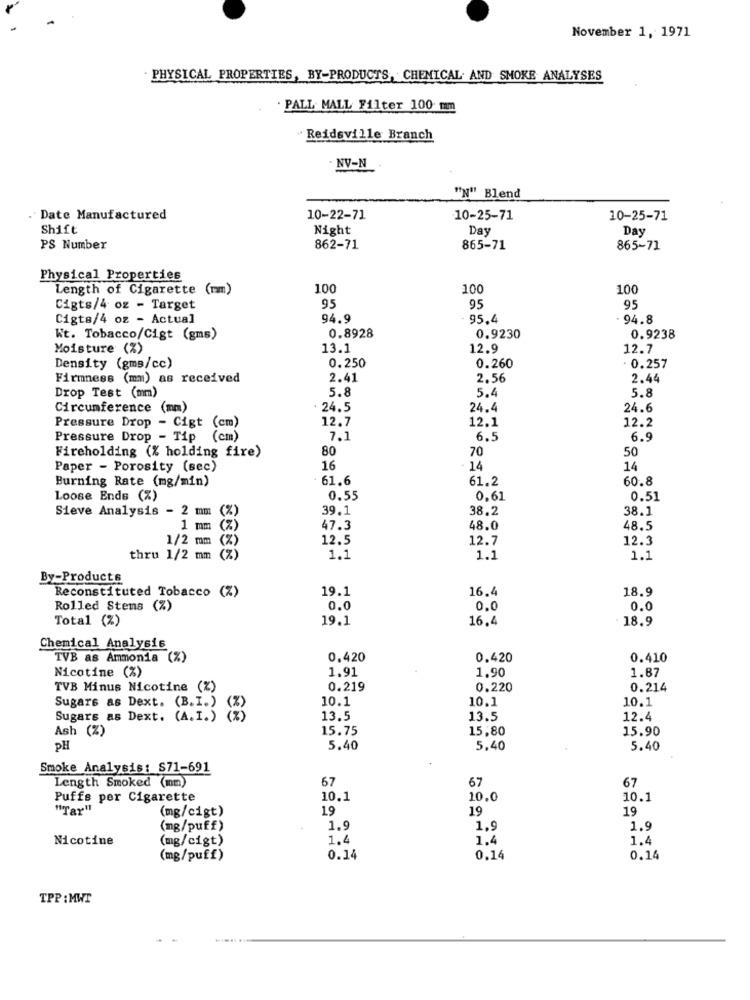
November 1, 1971
. PHYSICAL PROPERTIES, BY-PRODUCTS, CHEMICAL AND SMOKE ANALYSES
. PALL MALL Filter 100 mm
Reidsville Branch
· NV-N
"N" Blend
. Date Manufactured
10-22-71
10-25-71
10-25-71
Shift
Night
Day
Day
PS Number
862-71
865-71
865-71
Physical Properties
Length of Cigarette (mm)
100
100
100
Cigts/4 oz - Target
95
95
95
Cigts/4 oz - Actual
94.9
95.4
94.8
0.8928
Kt. Tobacco/Cigt (gms)
0.9230
0.9238
Moisture (%)
13.1
12.9
12.7
Density (gms/cc)
0.250
0.260
- 0.257
Firmness (mm) as received
2.41
2.56
2.44
Drop Test (mm)
5.8
5.4
5.8
Circumference (mm)
. 24.5
24.4
24.6
12.7
12.1
12.2
Pressure Drop - Cigt (cm)
Pressure Drop - Tip (cm)
7.1
6.5
6.9
Fireholding (% holding fire)
80
70
50
Paper - Porosity (sec)
16
14
14
Burning Rate (mg/min)
61.6
61.2
60.8
Loose Ends (%)
0.55
0.61
0.51
Sieve Analysis - 2 mm
(%)
39.1
38.2
38.1
1 mm (%)
47.3
48.0
48.5
1/2 mm
12.5
12.7
12.3
(%)
thru 1/2 mm (%)
1.1
1.1
1.1
By-Products
Reconstituted Tobacco (%)
19.1
16.4
18.9
Rolled Stens (%)
0.0
0.0
0.0
Total (%)
19.1
16.4
· 18.9
Chemical Analysis
TVB as Ammonia (%)
0.420
0.420
0.410
Nicotine (%)
1.91
1.90
1.87
TVB Minus Nicotine (%)
0.219
0.220
0.214
10.1
10.1
10.1
Sugars as Dext. (B.I.)
Sugars as Dext. (A.I.)
13.5
13.5
12.4
Ash (%)
15.75
15,80
15.90
PH
5.40
5.40
5.40
Smoke Analysis: $71-691
Length Smoked (mm)
67
67
67
Puffs per Cigarette
10.1
10.0
10.1
"Tar"
(mg/cigt)
19
19
19
(mg/puff)
1.9
1.
1.
Nicotine
(mg/cigt)
1.4
1.
1.4
(mg/puff)
0.14
0.14
0.14
TPP :MWT